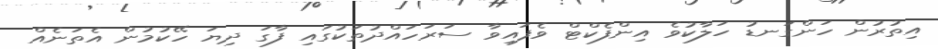
އިތުރުން ހަންގަނޑު ހަލާކުވެ އިންފެކްޓް ވެފައިވާ ސަރަހައްދުތަކުގައި ފާގަ ދިޔަ ހޭކުމުން އެތަނެއް